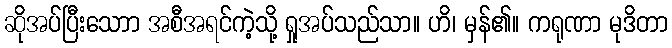
ဆိုအပ်ပြီးသောာ အစီအရင်ကဲ့သို့ ရှုအပ်သည်သာ။ ဟိ၊ မှန်၏။ ကရုဏာ မုဒိတာ